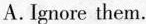
A. Ignore them.